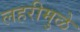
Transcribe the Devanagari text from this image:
लहरीमुळे